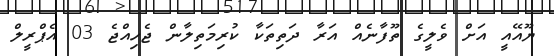
ޔޫއޭއީ އަށް ވެލީގެ ތޫފާނެއް އަރާ ދަތިތަކާ ކުރިމަތިލާން ޖެހިއްޖެ 03 އެޕްރީލް